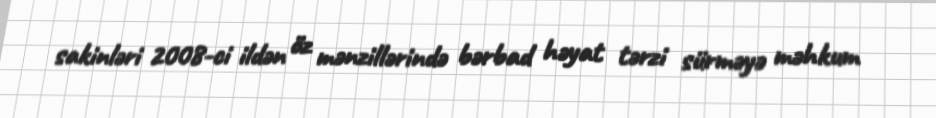
sakinləri 2008-ci ildən öz mənzillərində bərbad həyat tərzi sürməyə məhkum